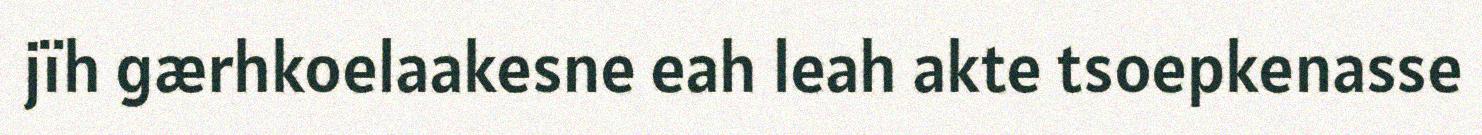
jïh gærhkoelaakesne eah leah akte tsoepkenasse